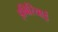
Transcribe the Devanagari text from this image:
इबिरियाई